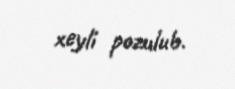
xeyli pozulub.